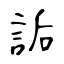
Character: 詬